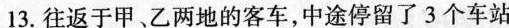
13.往返于甲、乙两地的客车，中途停留了3个车站